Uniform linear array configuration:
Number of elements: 32
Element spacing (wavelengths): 0.25
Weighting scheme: hamming
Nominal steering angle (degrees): -45
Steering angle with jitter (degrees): -44.416
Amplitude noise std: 0.05
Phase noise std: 0.05

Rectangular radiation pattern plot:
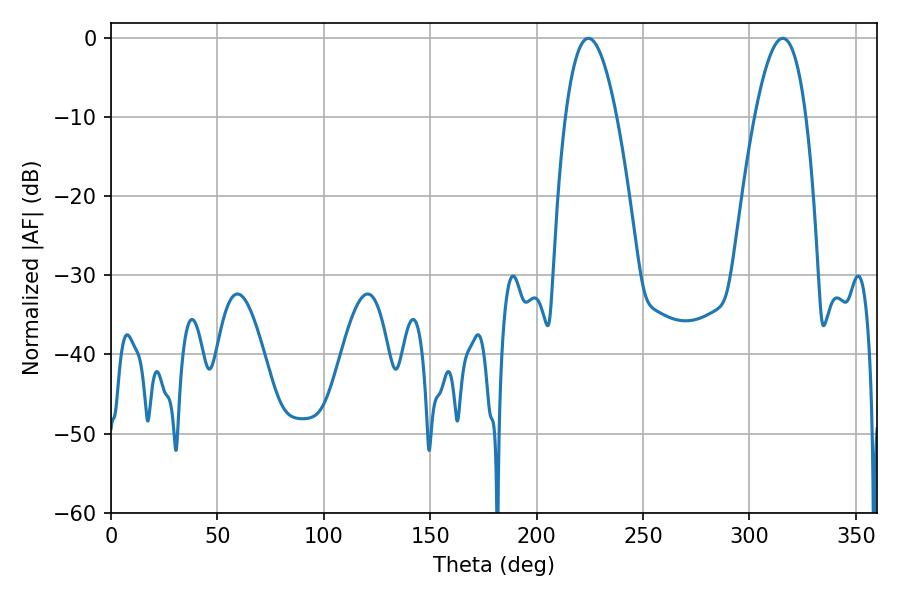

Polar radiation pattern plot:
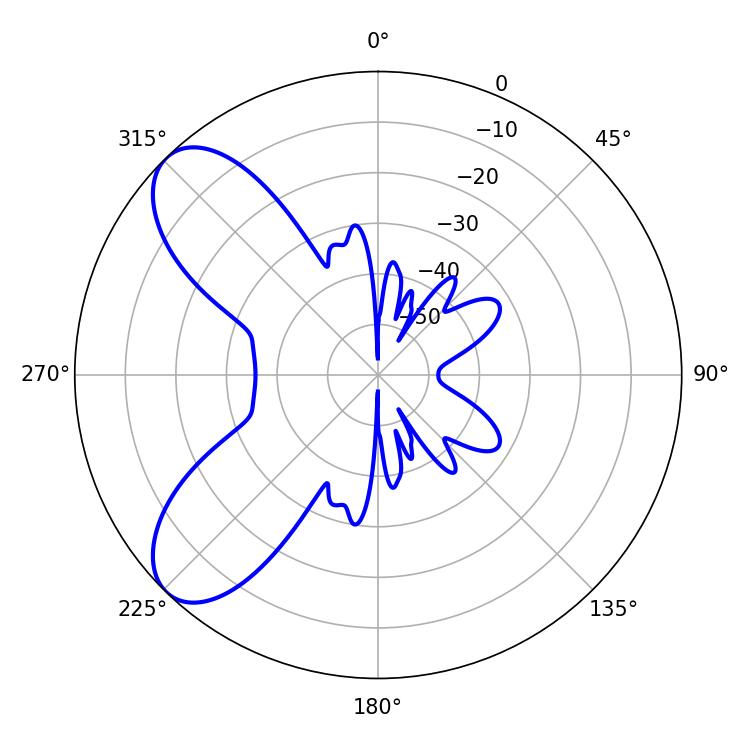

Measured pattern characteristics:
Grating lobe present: FALSE
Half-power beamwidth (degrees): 13.14
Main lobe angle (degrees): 224.28